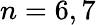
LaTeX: n=6,7